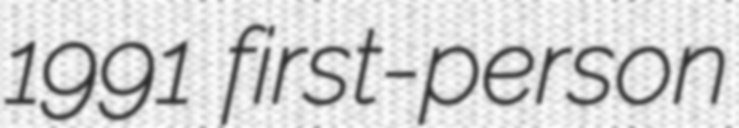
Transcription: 1991 first-person